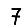
Digit: 7